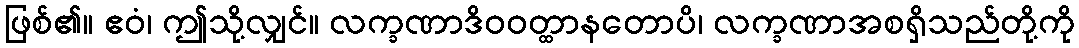
ဖြစ်၏။ ဧဝံ၊ ဤသို့လျှင်။ လက္ခဏာဒိဝဝတ္ထာနတောပိ၊ လက္ခဏာအစရှိသည်တို့ကို